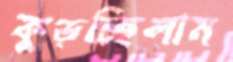
কুড়চ্ছিলাম